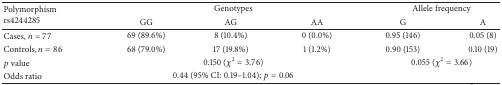
<table><thead><tr><td rowspan="2"><b>Polymorphismrs4244285</b></td><td colspan="3"><b>Genotypes</b></td><td colspan="2"><b>Allele frequency</b></td></tr><tr><td><b>GG</b></td><td><b>AG</b></td><td><b>AA</b></td><td><b>G</b></td><td><b>A</b></td></tr></thead><tbody><tr><td>Cases, <i>n</i> = 77</td><td>69 (89.6%)</td><td>8 (10.4%)</td><td>0 (0.0%)</td><td>0.95 (146)</td><td>0.05 (8)</td></tr><tr><td>Controls, <i>n</i> = 86</td><td>68 (79.0%)</td><td>17 (19.8%)</td><td>1 (1.2%)</td><td>0.90 (153)</td><td>0.10 (19)</td></tr><tr><td><i>p</i> value</td><td colspan="3">0.150 (<i>χ</i><sup>2</sup> = 3.76)</td><td colspan="2">0.055 (<i>χ</i><sup>2</sup> = 3.66)</td></tr><tr><td>Odds ratio</td><td colspan="3">0.44 (95% CI: 0.19–1.04); <i>p</i> = 0.06</td><td colspan="2"> </td></tr></tbody></table>